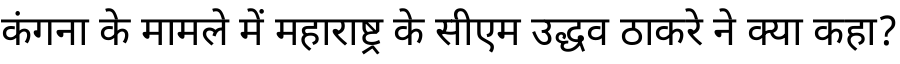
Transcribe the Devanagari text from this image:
कंगना के मामले में महाराष्ट्र के सीएम उद्धव ठाकरे ने क्या कहा?